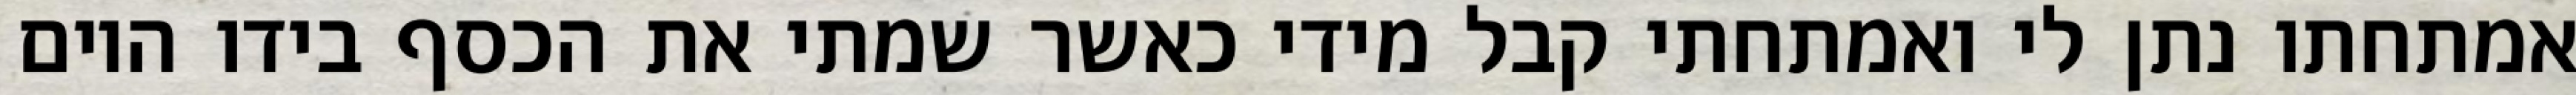
אמתחתו נתן לי ואמתחתי קבל מידי כאשר שמתי את הכסף בידו היום